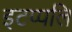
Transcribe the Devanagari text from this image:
इटप्पलि